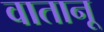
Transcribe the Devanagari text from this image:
वातानू